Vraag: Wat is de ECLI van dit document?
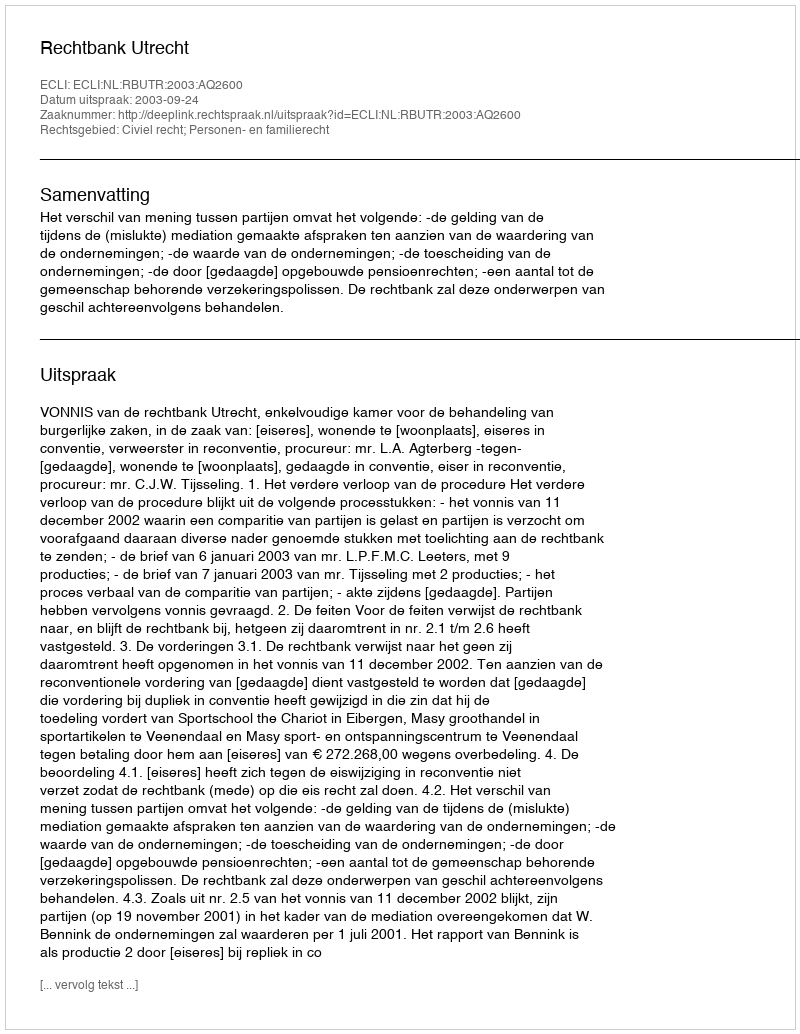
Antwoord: ECLI:NL:RBUTR:2003:AQ2600